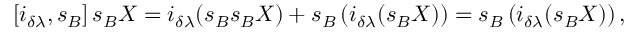
\left[ i _ { \delta \lambda } , s _ { B } \right] s _ { B } X = i _ { \delta \lambda } ( s _ { B } s _ { B } X ) + s _ { B } \left( i _ { \delta \lambda } ( s _ { B } X ) \right) = s _ { B } \left( i _ { \delta \lambda } ( s _ { B } X ) \right) ,